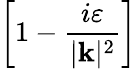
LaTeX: \left[1-\frac{i\varepsilon}{|\mathbf{k}|^{2}}\right]